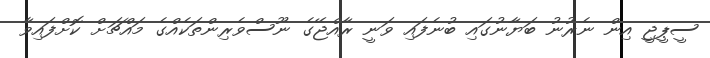
ސީޕީޖީ އިން ނެރުނު ބަޔާނުގައި ބުނެފައި ވަނީ ރާއްޖޭގެ ނޫސްވެރިންތަކެއްގެ މައްޗަށް ކޮށްފައިވާ